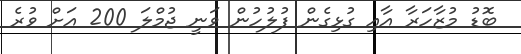
ބޮޑު މުޒާހަރާ އާއި ގުޅިގެން ފުލުހުން ވަނީ ޖުމްލަ 200 އަށް ވުރެ